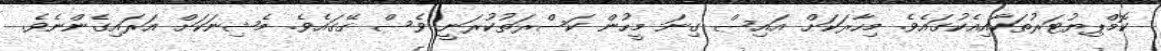
ކޮމްޕިޔުޓަރުތަކާއިއެކުގައެވެ. މިހާރަކަށް އައިސް ގިނަ މީހުން ކަސްރަތުކުރަނީ ވެސް ގޭގައެވެ. މެޝިނަކަށް އަރައިގެންނެވެ.